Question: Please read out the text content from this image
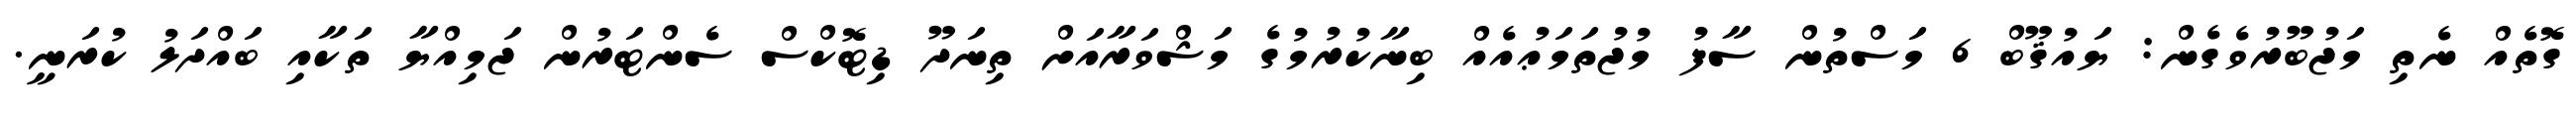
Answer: ގޮތެއް ނެތި މަޖުބޫރުވެގެން: ޔައުޤޫބް 6 މަސްތުން ސާފު މުޖުތަމަޢުއެއް ބިނާކުރުމުގެ މަޝްވަރާއަށް ތިނަދޫ ޑިޓޮކްސް ސެންޓަރުން ޖަމިއްޔާ ތަކާއި ބައްދަލު ކުރަނީ.